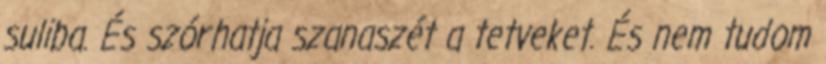
suliba. És szórhatja szanaszét a tetveket. És nem tudom